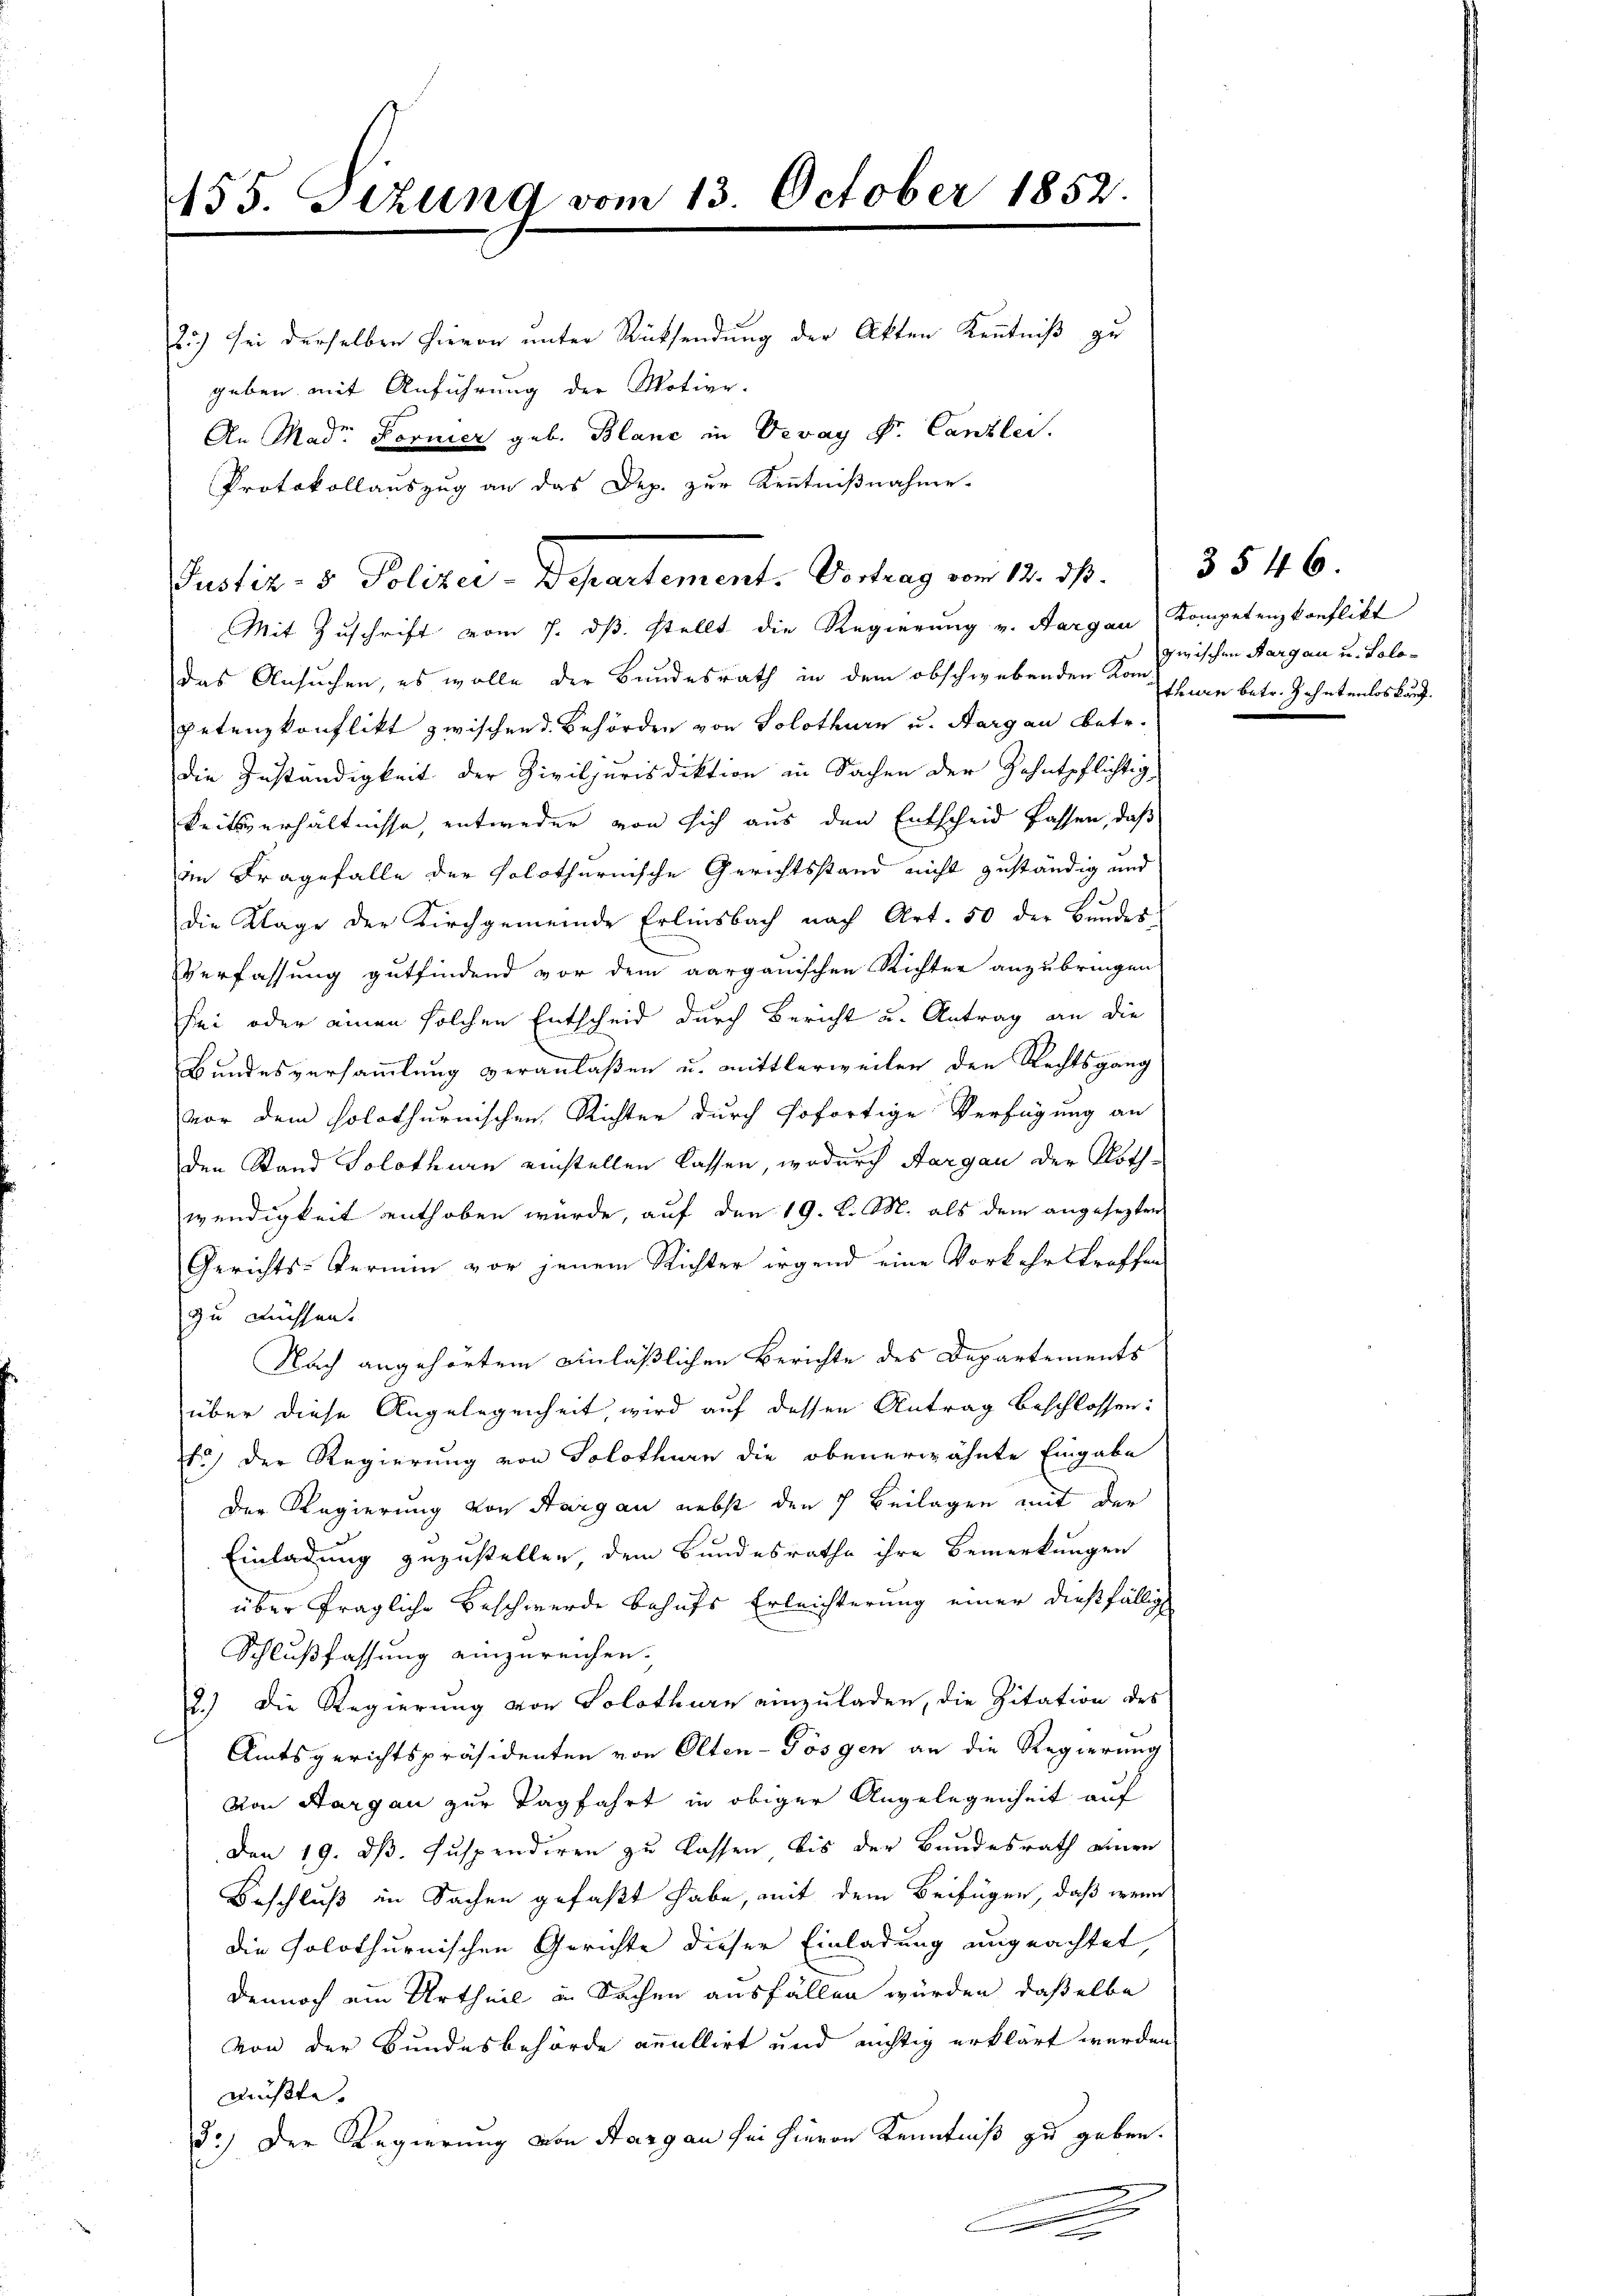
455. Sizung vom 13. October 1852.
25.) sei derselben hievon unter Rücksendung der Akten Kenntniß zu
geben mit Anführung der Motive.
An Madr. Former geb. Blanc in Vevay S. Canzlei.
Protokollauszug an das Dep. zur Kenntnißnahme.

Mit Zuschrift vom 7. dβ stellt die Regierung v. Aargau Kompetenzkonflikt
das Ansuchen, es wolle der Bundesrath in dem obschwebenden Konsen betr. Zehntenloskauf¬
Petenzkonflikt zwischend Behörden von Solothurn u. Aargau betr.
die Zuständigkeit der Ziviljurisdiktion in Sachen der Zehntpflichtigkeitsverhältnisse, entweder von sich aus den Entscheid fassen, daß
in Fragefalle der solothurnische Gerichtsstand nicht zuständig und
die Klage der Kirchgemeinde Erlinsbach nach Art. 50 der Bŭndes
Verfassung gutfindend vor dem aargauischen Richter anzubringen
sei oder einen solchen Entscheid durch Bericht u. Antrag an die
Bundesversammlung veranlaßen u. mittlerweilen den Rechtsgang
vor dem solothurnischen Richter durch sofortige Verfügung an
den Stand Solothurn einstellen lassen, wodurch Aargau der Noth-
wendigkeit enthoben würde, auf den 19. d. M. als dem angesezten
Gerichts-Vermin vor jenem Richter irgend eine Vorkehrstroffen
zu Füchsen.
Nach angehörtem einläßlichen Berichte des Departements
über diese Angelegenheit, wird auf dessen Antrag beschlossen:
1.) Der Regierung von Solothurn die obenerwähnte Eingabe
Der Regierung von Aargau nebst den 7 Beilagen mit der
Einladung zuzustellen, dem Bundesrathe ihre Bemerkungen
über fragliche Beschwerde behufs Erleichterung einer dießfällig
Schlußfassung einzureichen.
2.) Die Regierung von Solothurn einzuladen, die Zitation des
Andesgerichtspräsidenten von Olten-Tösgen an die Regierung
von Aargau zur Tagfahrt in obiger Angelegenheit auf
Den 19. ds. suspendiren zu lassen, bis der Bundesrath einen
Beschluß in Sachen gefaßt habe, mit dem Beifügen, daß wenn
die solothurnischen Gerichte dieser Einladung ungeachtet,
dennoch ein Urtheil in Sachen ausfällen würden, daßelbe
von der Bundesbehörde anullirt und nichtig erklärt werden.
müsste. |
3.) Der Regierung von Aargau sei hieron Kenntniß zu geben.
e

Justiz- & Polizei-Departement. Vortrag vom 12. ds. 35 46.

zwischen Aargau u. Solo¬